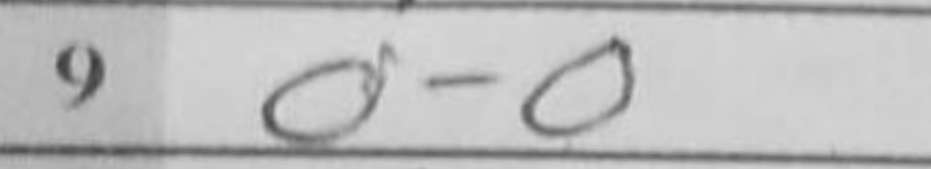
Transcription: O-O